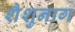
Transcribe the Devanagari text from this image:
शैशुनाग